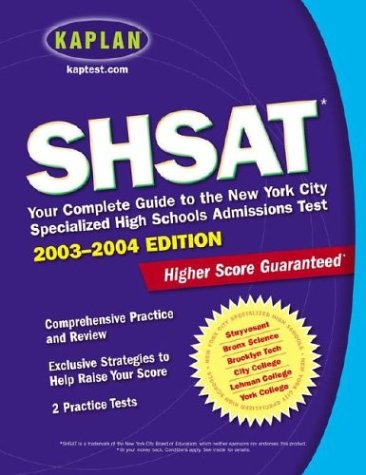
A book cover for SHSAT 2003-2004: Your Complete Guide to the New York City Specialized High Schools Admissions Test; Kaplan; Test Preparation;